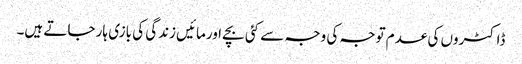
ڈاکٹروں کی عدم توجہ کی وجہ سے کئی بچے اورمائیں زندگی کی بازی ہار جاتے ہیں۔